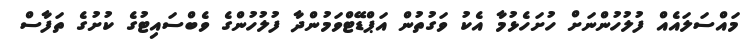
މައްސަލައެއް ފުލުހުންނަށް ހުށަހެޅުމާ އެކު ވަގުތުން އަޕްޑޭޓްވަމުންދާ ފުލުހުންގެ ވެބްސައިޓުގެ ކުށުގެ ތަފާސް